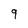
Character: 9